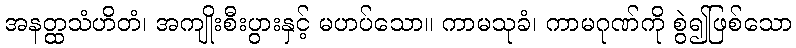
အနတ္ထသံဟိတံ၊ အကျိုးစီးပွားနှင့် မဟပ်သော။ ကာမသုခံ၊ ကာမဂုဏ်ကို စွဲ၍ဖြစ်သော